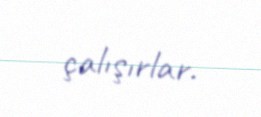
çalışırlar.